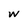
Character: w